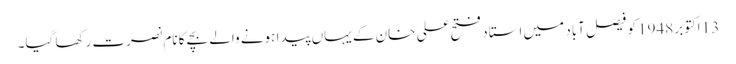
13 اکتوبر 1948 کو فیصل آباد میں استاد فتح علی خان کے یہاں پیدا ہونے والے بچے کا نام نصرت رکھا گیا۔